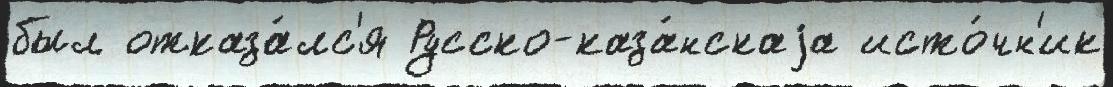
был отказа́лс'я Русско-каза́нскаjа исто́чн'ик